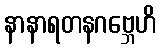
နာနာရတနဂဗ္ဘေဟိ